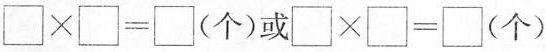
\square \times \square =\square （个）或\square \times \square =\square （个）